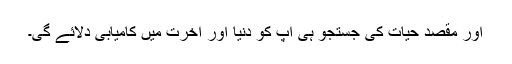
اور مقصدِ حیات کی جستجو ہی آپ کو دنیا اور آخرت میں کامیابی دلائے گی۔